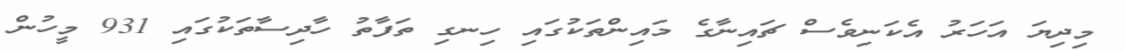
މިދިޔަ އަހަރު އެކަނިވެސް ޗައިނާގެ މައިންތަކުގައި ހިނގި ތަފާތު ހާދިސާތަކުގައި 931 މީހުން